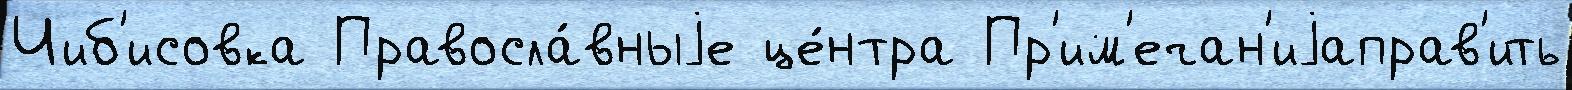
Чиб'исовка Правосла́вныjе це́нтра Пр'им'ечан'иjаправ'ить